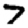
Digit: 7